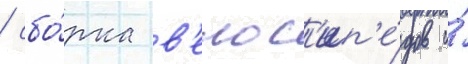
/ сбо́рка в'елос'ип'е́дов и́